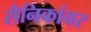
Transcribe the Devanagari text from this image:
सैनिकांवर